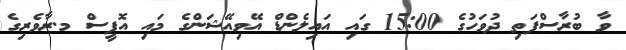
ވާ ބުރާސްފަތި ދުވަހުގެ 15:00 ގައި އައިލެންޑް އޭވިއޭޝަންގެ މައި އޮފީސް މ.ރާވެރިގެ